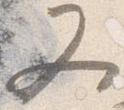
又